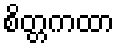
စိတ္တကထာ